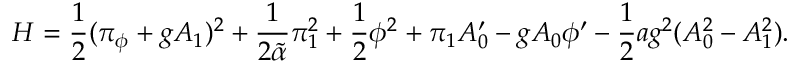
{ \cal H } = { \frac { 1 } { 2 } } ( \pi _ { \phi } + g A _ { 1 } ) ^ { 2 } + { \frac { 1 } { 2 \tilde { \alpha } } } \pi _ { 1 } ^ { 2 } + { \frac { 1 } { 2 } } \phi ^ { 2 } + \pi _ { 1 } A _ { 0 } ^ { \prime } - g A _ { 0 } \phi ^ { \prime } - { \frac { 1 } { 2 } } a g ^ { 2 } ( A _ { 0 } ^ { 2 } - A _ { 1 } ^ { 2 } ) .